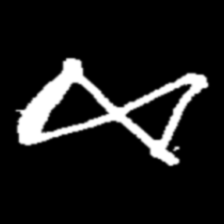
Pyu character \u2014 Myanmar letter: ဆ (romanized: cha)